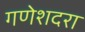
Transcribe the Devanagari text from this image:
गणेशदरा